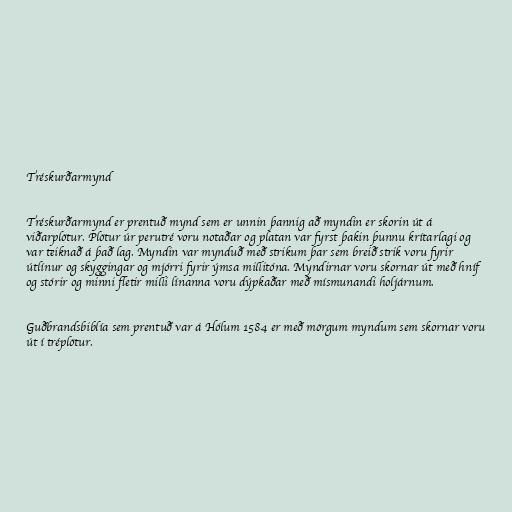
Tréskurðarmynd

Tréskurðarmynd er prentuð mynd sem er unnin þannig að myndin er skorin út á
viðarplötur. Plötur úr perutré voru notaðar og platan var fyrst þakin þunnu krítarlagi og
var teiknað á það lag. Myndin var mynduð með strikum þar sem breið strik voru fyrir
útlínur og skyggingar og mjórri fyrir ýmsa millitóna. Myndirnar voru skornar út með hníf
og stórir og minni fletir milli línanna voru dýpkaðar með mísmunandi holjárnum.

Guðbrandsbiblía sem prentuð var á Hólum 1584 er með mörgum myndum sem skornar voru
út í tréplötur.